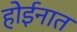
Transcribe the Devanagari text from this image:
होईनात